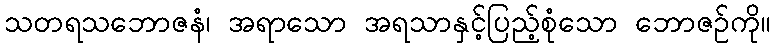
သတရသဘောဇနံ၊ အရာသော အရသာနှင့်ပြည့်စုံသော ဘောဇဉ်ကို။